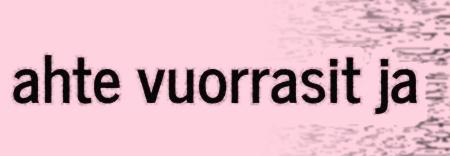
ahte vuorrasit ja